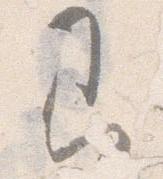
即